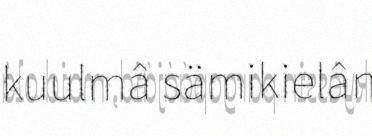
kuulmâ sämikielân